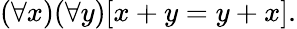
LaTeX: (\forall x)(\forall y)[x+y=y+x].